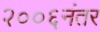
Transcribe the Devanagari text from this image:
२००६नंतर